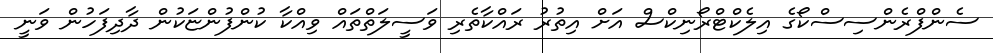
ސެންފްރެންސިސްކޯގެ އިލެކްޓްރޯނިކްސް އަށް އިތުރު ރައްކާތެރި ވަސީލަތްތައް ވިއްކާ ކުންފުންޏަކުން ދާދިފަހުން ވަނީ